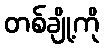
တစ်ချို့ကို